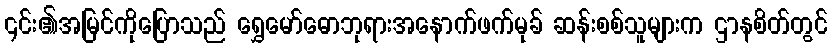
၎င်း၏အမြင်ကိုပြောသည် ရွှေမော်ဓောဘုရားအနောက်ဖက်မုခ် ဆန်းစစ်သူများက ဌာနစိတ်တွင်